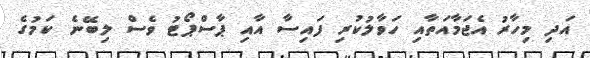
އަދި މިހާރު އެޖަމާއަތާއި ހަވާލުކުރި ފައިސާ އާއި ޕާސްޕޯޓު ވެސް ލިބޭނެ ކަމުގެ